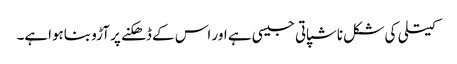
کیتلی کی شکل ناشپاتی جیسی ہے اور اس کے ڈھکنے پر آڑو بناہواہے۔